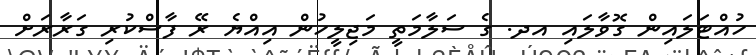
ހުއްޓަލައިން ގޮވާލައި އދ. ގެ ސަލާމަތީ މަޖިލީހުން އިއްޔެ ރޭ ފާސްކުރި ގަރާރަށް